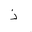
Letter: _thal